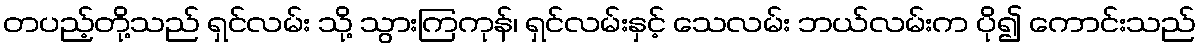
တပည့်တို့သည် ရှင်လမ်း သို့ သွားကြကုန်၊ ရှင်လမ်းနှင့် သေလမ်း ဘယ်လမ်းက ပို၍ ကောင်းသည်